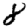
Digit: 8